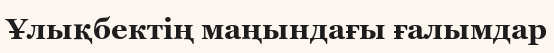
Ұлықбектің маңындағы ғалымдар